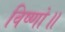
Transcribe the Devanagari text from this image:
विष्णो॥